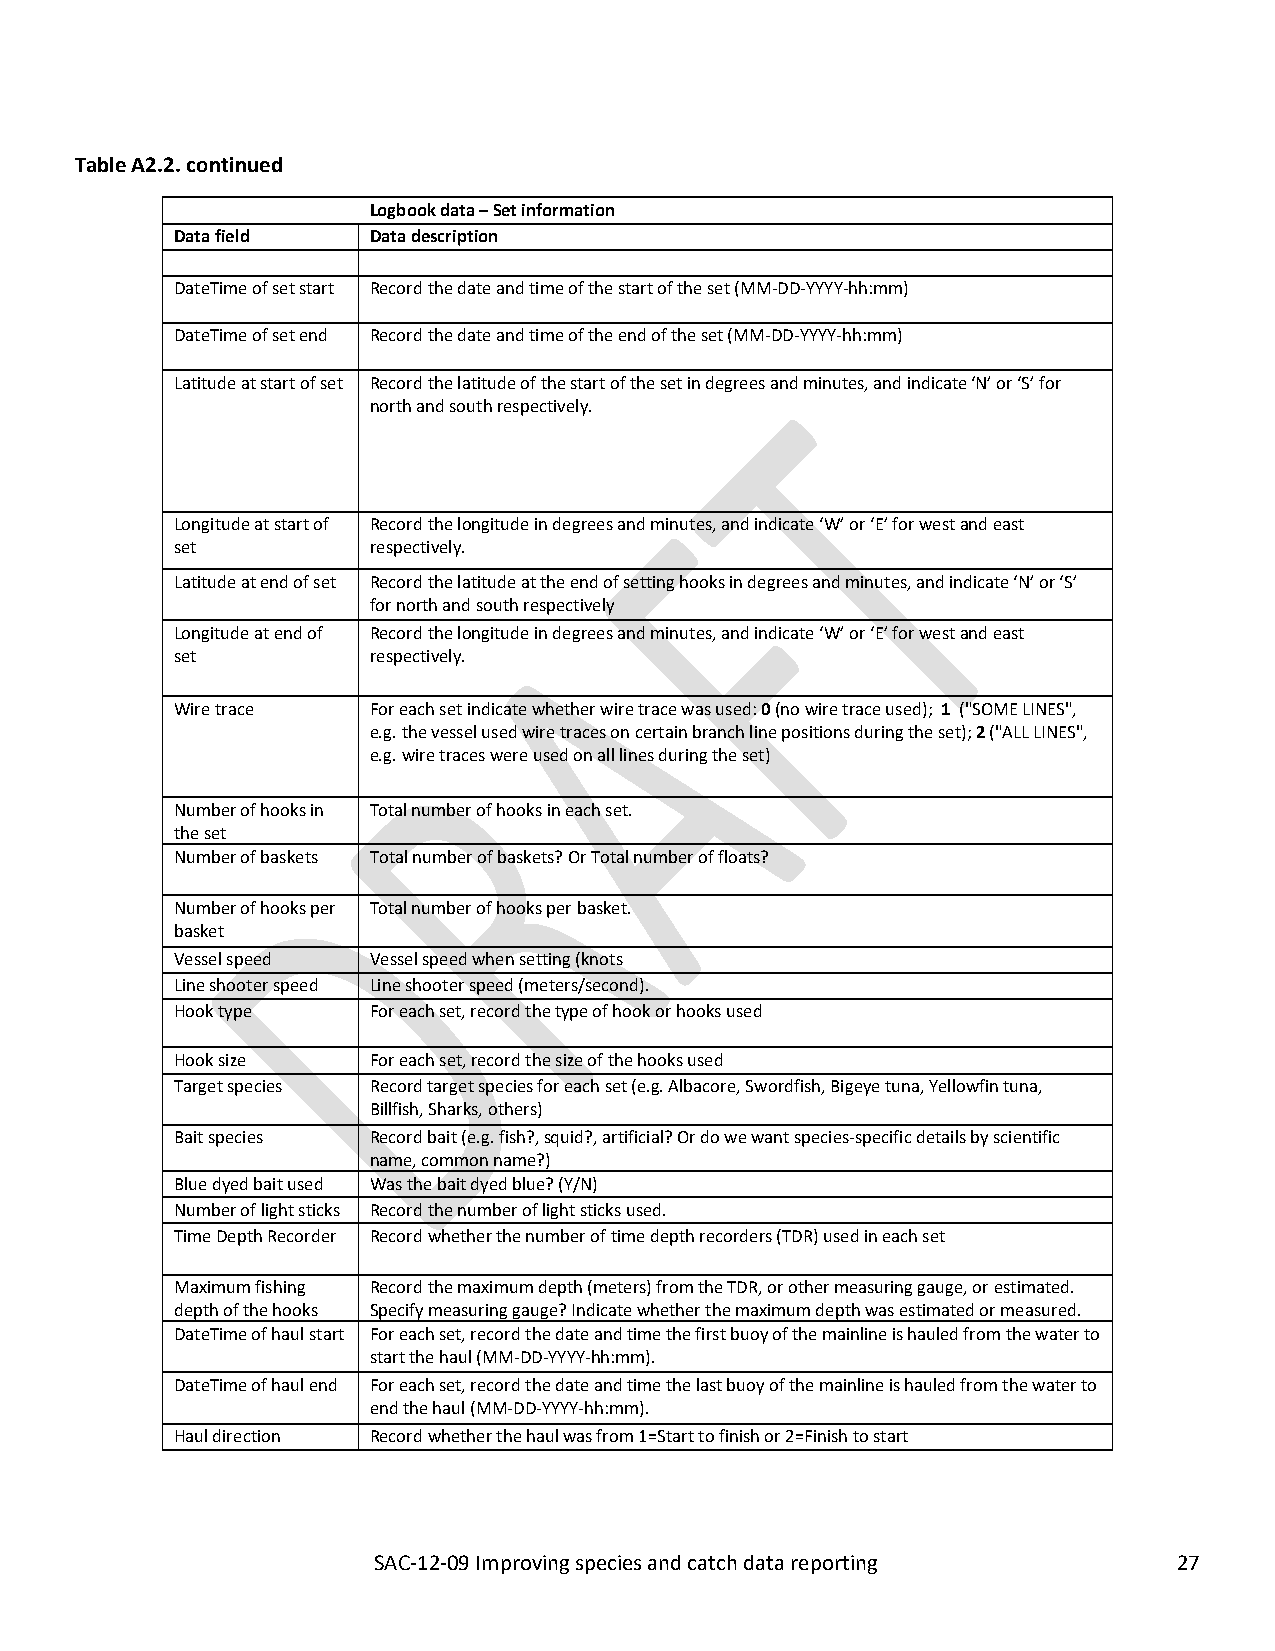
SAC-12-09_Improving species and catch data reporting C-03-05
 Table A2.2. continued
 Logbook data – Set information
 Data field  Data description
 DateTime of set start Record the date and time of the start of the set (MM-DD-YYYY-hh:mm)
 DateTime of set end Record the date and time of the end of the set (MM-DD-YYYY-hh:mm)
 Latitude at start of set Record the latitude of the start of the set in degrees and minutes, and indicate ‘N’ or ‘S’ for
 north and south respectively.
 Longitude at start of Record the longitude in degrees and minutes, and indicate ‘W’ or ‘E’ for west and east
 set         respectively.
 Latitude at end of set Record the latitude at the end of setting hooks in degrees and minutes, and indicate ‘N’ or ‘S’
 for north and south respectively
 Longitude at end of Record the longitude in degrees and minutes, and indicate ‘W’ or ‘E’ for west and east
 set         respectively.
 Wire trace  For each set indicate whether wire trace was used: 0 (no wire trace used); 1 ("SOME LINES",
 e.g. the vessel used wire traces on certain branch line positions during the set); 2 ("ALL LINES",
 e.g. wire traces were used on all lines during the set)
 Number of hooks in Total number of hooks in each set.
 the set
 Number of baskets Total number of baskets? Or Total number of floats?
 Number of hooks per Total number of hooks per basket.
 basket
 Vessel speed Vessel speed when setting (knots
 Line shooter speed Line shooter speed (meters/second).
 Hook type   For each set, record the type of hook or hooks used
 Hook size   For each set, record the size of the hooks used
 Target species Record target species for each set (e.g. Albacore, Swordfish, Bigeye tuna, Yellowfin tuna,
 Billfish, Sharks, others)
 Bait species Record bait (e.g. fish?, squid?, artificial? Or do we want species-specific details by scientific
 name, common name?)
 Blue dyed bait used Was the bait dyed blue? (Y/N)
 Number of light sticks Record the number of light sticks used.
 Time Depth Recorder Record whether the number of time depth recorders (TDR) used in each set
 Maximum fishing Record the maximum depth (meters) from the TDR, or other measuring gauge, or estimated.
 depth of the hooks Specify measuring gauge? Indicate whether the maximum depth was estimated or measured.
 DateTime of haul start For each set, record the date and time the first buoy of the mainline is hauled from the water to
 start the haul (MM-DD-YYYY-hh:mm).
 DateTime of haul end For each set, record the date and time the last buoy of the mainline is hauled from the water to
 end the haul (MM-DD-YYYY-hh:mm).
 Haul direction Record whether the haul was from 1=Start to finish or 2=Finish to start
 SAC-12-09 Improving species and catch data reporting 27